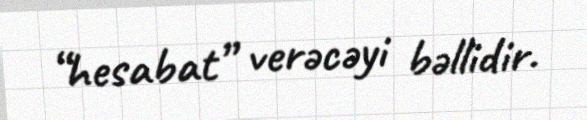
“hesabat” verəcəyi bəllidir.